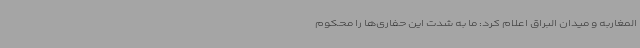
المغاربه و میدان البراق اعلام کرد: ما به شدت این حفاری‌ها را محکوم